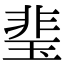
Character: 㻗